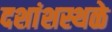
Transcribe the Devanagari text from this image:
दशांशस्थळे